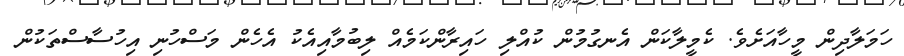
ހަމަލާދިން މީހާއަށެވެ. ކެމީލާކަން އެނގުމުން ކުއްލި ހައިރާންކަމެއް ލިބުމާއިއެކު އެހެން މަސްހުނި އިހުސާސްތަކުން